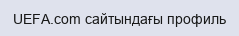
UEFA.com сайтындағы профиль